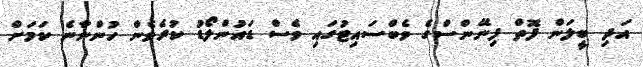
އަދި ބީލަން ފޮތް ފިނޭންސްގެ ވެބްސައިޓުގައި ވެސް ޑައުންލޯޑު ކުރެވެން ހުންނާނެ ކަމަށް